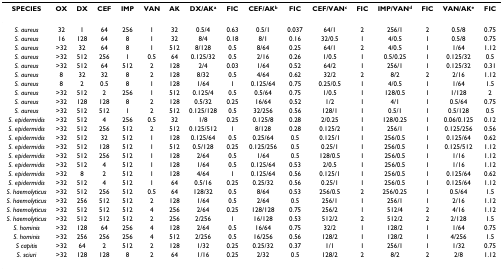
<table><thead><tr><td><b>SPECIES</b></td><td><b>OX</b></td><td><b>DX</b></td><td><b>CEF</b></td><td><b>IMP</b></td><td><b>VAN</b></td><td><b>AK</b></td><td><b>DX/AK<sup>a</sup></b></td><td><b>FIC</b></td><td><b>CEF/AK<sup>b</sup></b></td><td><b>FIC</b></td><td><b>CEF/VAN<sup>c</sup></b></td><td><b>FIC</b></td><td><b>IMP/VAN<sup>d</sup></b></td><td><b>FIC</b></td><td><b>VAN/AK<sup>e</sup></b></td><td><b>FIC</b></td></tr></thead><tbody><tr><td><i>S. aureus</i></td><td>32</td><td>1</td><td>64</td><td>256</td><td>1</td><td>32</td><td>0.5/4</td><td>0.63</td><td>0.5/1</td><td>0.037</td><td>64/1</td><td>2</td><td>256/1</td><td>2</td><td>0.5/8</td><td>0.75</td></tr><tr><td><i>S. aureus</i></td><td>16</td><td>128</td><td>64</td><td>8</td><td>1</td><td>32</td><td>8/4</td><td>0.18</td><td>8/1</td><td>0.16</td><td>32/0.5</td><td>1</td><td>4/0.5</td><td>1</td><td>0.5/8</td><td>0.75</td></tr><tr><td><i>S. aureus</i></td><td>&gt;32</td><td>32</td><td>64</td><td>8</td><td>1</td><td>512</td><td>8/128</td><td>0.5</td><td>8/64</td><td>0.25</td><td>64/1</td><td>2</td><td>4/0.5</td><td>1</td><td>1/64</td><td>1.12</td></tr><tr><td><i>S. aureus</i></td><td>&gt;32</td><td>512</td><td>256</td><td>1</td><td>0.5</td><td>64</td><td>0.125/32</td><td>0.5</td><td>2/16</td><td>0.26</td><td>1/0.5</td><td>1</td><td>0.5/0.25</td><td>1</td><td>0.125/32</td><td>0.5</td></tr><tr><td><i>S. aureus</i></td><td>&gt;32</td><td>512</td><td>64</td><td>512</td><td>2</td><td>128</td><td>2/4</td><td>0.03</td><td>1/64</td><td>0.52</td><td>64/2</td><td>1</td><td>256/1</td><td>1</td><td>0.125/32</td><td>0.31</td></tr><tr><td><i>S. aureus</i></td><td>8</td><td>32</td><td>32</td><td>8</td><td>2</td><td>128</td><td>8/32</td><td>0.5</td><td>4/64</td><td>0.62</td><td>32/2</td><td>2</td><td>8/2</td><td>2</td><td>2/16</td><td>1.12</td></tr><tr><td><i>S. aureus</i></td><td>8</td><td>2</td><td>0.5</td><td>8</td><td>1</td><td>128</td><td>1/64</td><td>1</td><td>0.125/64</td><td>0.75</td><td>0.25/0.5</td><td>1</td><td>4/0.5</td><td>1</td><td>1/64</td><td>1.5</td></tr><tr><td><i>S. aureus</i></td><td>&gt;32</td><td>512</td><td>2</td><td>256</td><td>1</td><td>512</td><td>0.125/4</td><td>0.5</td><td>0.5/64</td><td>0.75</td><td>1/0.5</td><td>1</td><td>128/0.5</td><td>1</td><td>1/128</td><td>2</td></tr><tr><td><i>S. aureus</i></td><td>&gt;32</td><td>128</td><td>128</td><td>8</td><td>2</td><td>128</td><td>0.5/32</td><td>0.25</td><td>16/64</td><td>0.52</td><td>1/2</td><td>1</td><td>4/1</td><td>1</td><td>0.5/64</td><td>0.75</td></tr><tr><td><i>S. aureus</i></td><td>&gt;32</td><td>512</td><td>512</td><td>1</td><td>2</td><td>512</td><td>0.125/128</td><td>0.5</td><td>32/256</td><td>0.56</td><td>128/1</td><td>1</td><td>0.5/1</td><td>1</td><td>0.5/128</td><td>0.5</td></tr><tr><td><i>S. epidermidis</i></td><td>&gt;32</td><td>512</td><td>4</td><td>256</td><td>0.5</td><td>32</td><td>1/8</td><td>0.25</td><td>0.125/8</td><td>0.28</td><td>2/0.25</td><td>1</td><td>128/0.25</td><td>1</td><td>0.06/0.125</td><td>0.12</td></tr><tr><td><i>S. epidermidis</i></td><td>&gt;32</td><td>512</td><td>256</td><td>512</td><td>2</td><td>512</td><td>0.125/512</td><td>1</td><td>8/128</td><td>0.28</td><td>0.125/2</td><td>1</td><td>256/1</td><td>1</td><td>0.125/256</td><td>0.56</td></tr><tr><td><i>S. epidermidis</i></td><td>&gt;32</td><td>512</td><td>32</td><td>512</td><td>1</td><td>128</td><td>0.125/64</td><td>0.5</td><td>0.25/64</td><td>0.5</td><td>0.125/1</td><td>1</td><td>256/0.5</td><td>1</td><td>0.125/64</td><td>0.62</td></tr><tr><td><i>S. epidermidis</i></td><td>&gt;32</td><td>512</td><td>128</td><td>512</td><td>1</td><td>512</td><td>0.5/128</td><td>0.25</td><td>0.125/256</td><td>0.5</td><td>0.25/1</td><td>1</td><td>256/0.5</td><td>1</td><td>0.125/512</td><td>1.12</td></tr><tr><td><i>S. epidermidis</i></td><td>&gt;32</td><td>512</td><td>256</td><td>512</td><td>1</td><td>128</td><td>2/64</td><td>0.5</td><td>1/64</td><td>0.5</td><td>128/0.5</td><td>1</td><td>256/0.5</td><td>1</td><td>1/16</td><td>1.12</td></tr><tr><td><i>S. epidermidis</i></td><td>&gt;32</td><td>512</td><td>4</td><td>512</td><td>1</td><td>128</td><td>1/64</td><td>0.5</td><td>0.125/64</td><td>0.53</td><td>2/0.5</td><td>1</td><td>256/0.5</td><td>1</td><td>1/16</td><td>1.12</td></tr><tr><td><i>S. epidermidis</i></td><td>&gt;32</td><td>8</td><td>2</td><td>512</td><td>1</td><td>128</td><td>4/64</td><td>1</td><td>0.125/64</td><td>0.56</td><td>0.125/1</td><td>1</td><td>256/0.5</td><td>1</td><td>0.125/64</td><td>0.62</td></tr><tr><td><i>S. epidermidis</i></td><td>&gt;32</td><td>512</td><td>4</td><td>512</td><td>1</td><td>64</td><td>0.5/16</td><td>0.25</td><td>0.25/32</td><td>0.56</td><td>0.25/1</td><td>1</td><td>256/0.5</td><td>1</td><td>0.125/64</td><td>1.12</td></tr><tr><td><i>S. haemolyticus</i></td><td>&gt;32</td><td>512</td><td>256</td><td>512</td><td>0.5</td><td>64</td><td>128/32</td><td>0.5</td><td>8/64</td><td>0.53</td><td>256/0.5</td><td>2</td><td>256/0.25</td><td>1</td><td>0.5/64</td><td>1.5</td></tr><tr><td><i>S. haemolyticus</i></td><td>&gt;32</td><td>256</td><td>512</td><td>512</td><td>2</td><td>128</td><td>1/64</td><td>0.5</td><td>2/64</td><td>0.5</td><td>256/1</td><td>1</td><td>256/1</td><td>1</td><td>2/16</td><td>1.12</td></tr><tr><td><i>S. haemolyticus</i></td><td>&gt;32</td><td>512</td><td>512</td><td>512</td><td>4</td><td>256</td><td>2/64</td><td>0.25</td><td>128/128</td><td>0.75</td><td>256/2</td><td>1</td><td>512/4</td><td>2</td><td>4/16</td><td>1.12</td></tr><tr><td><i>S. haemolyticus</i></td><td>&gt;32</td><td>512</td><td>512</td><td>512</td><td>2</td><td>256</td><td>2/256</td><td>1</td><td>16/128</td><td>0.53</td><td>512/2</td><td>2</td><td>512/2</td><td>2</td><td>2/128</td><td>1.5</td></tr><tr><td><i>S. hominis</i></td><td>&gt;32</td><td>128</td><td>64</td><td>256</td><td>4</td><td>128</td><td>2/64</td><td>0.5</td><td>16/64</td><td>0.75</td><td>32/2</td><td>1</td><td>128/2</td><td>1</td><td>1/64</td><td>0.75</td></tr><tr><td><i>S. hominis</i></td><td>&gt;32</td><td>256</td><td>256</td><td>256</td><td>4</td><td>512</td><td>2/256</td><td>0.5</td><td>16/256</td><td>0.56</td><td>128/2</td><td>1</td><td>128/2</td><td>1</td><td>4/256</td><td>1.5</td></tr><tr><td><i>S capitis</i></td><td>&gt;32</td><td>64</td><td>2</td><td>512</td><td>2</td><td>128</td><td>1/32</td><td>0.25</td><td>0.25/32</td><td>0.37</td><td>1/1</td><td>1</td><td>256/1</td><td>1</td><td>1/32</td><td>0.75</td></tr><tr><td><i>S. sciuri</i></td><td>&gt;32</td><td>128</td><td>128</td><td>8</td><td>2</td><td>64</td><td>1/16</td><td>0.25</td><td>2/32</td><td>0.5</td><td>128/2</td><td>2</td><td>8/2</td><td>2</td><td>2/8</td><td>1.12</td></tr></tbody></table>